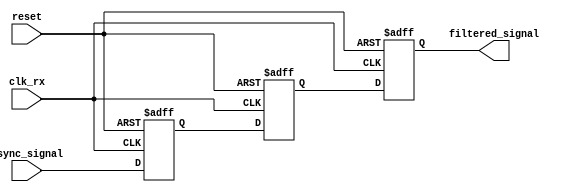
module meta_stability_filter (
    input  wire         clk_rx,         // Receiving clock
    input  wire         reset,          // Optional reset input
    input  wire         async_signal,    // Asynchronous input signal
    output reg          filtered_signal   // Filtered output signal
);

    // Internal signals for flip-flops
    reg async_ff1;
    reg async_ff2;

    // Dual Flip-Flop Synchronizer
    always @(posedge clk_rx or posedge reset) begin
        if (reset) begin
            async_ff1 <= 1'b0;          // Initialize FF1 on reset
            async_ff2 <= 1'b0;          // Initialize FF2 on reset
            filtered_signal <= 1'b0;     // Initialize output on reset
        end else begin
            async_ff1 <= async_signal;   // Sample async signal in FF1
            async_ff2 <= async_ff1;      // Sample output of FF1 in FF2
            filtered_signal <= async_ff2; // Output the stable signal
        end
    end

endmodule